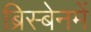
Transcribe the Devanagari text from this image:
ब्रिस्बेनमें